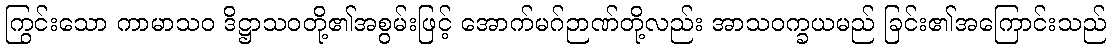
ကြွင်းသော ကာမာသဝ ဒိဋ္ဌာသဝတို့၏အစွမ်းဖြင့် အောက်မဂ်ဉာဏ်တို့လည်း အာသဝက္ခယမည် ခြင်း၏အကြောင်းသည်